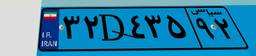
۳۳D۸۳۶۶۱